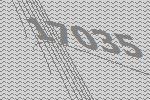
17035